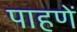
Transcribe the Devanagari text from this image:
पाहणें